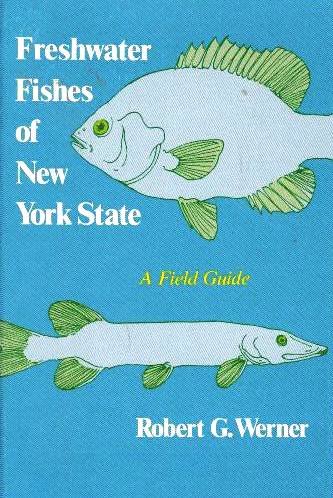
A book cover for Freshwater Fishes of New York State: A Field Guide (York State Book); Robert G. Werner; Sports & Outdoors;